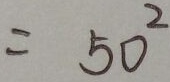
= 5 0 ^ { 2 }